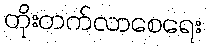
တိုးတက်လာစေရေး